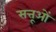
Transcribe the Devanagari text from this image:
सत्तूओं